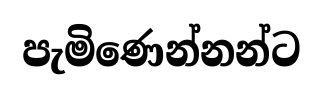
පැමිණෙන්නන්ට